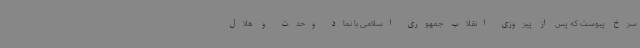
سرخ پیوست که پس از پیروزی انقلاب جمهوری اسلامی با نماد وحدت و هلال